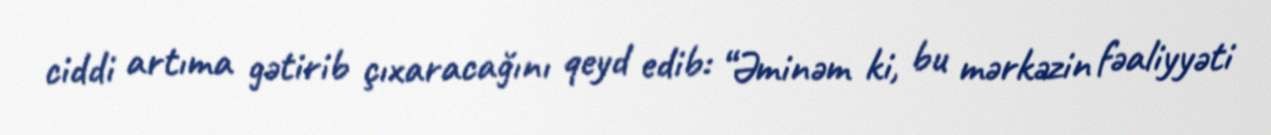
ciddi artıma gətirib çıxaracağını qeyd edib: “Əminəm ki, bu mərkəzin fəaliyyəti